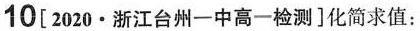
10[2020·浙江台州一中高一检测]化简求值：